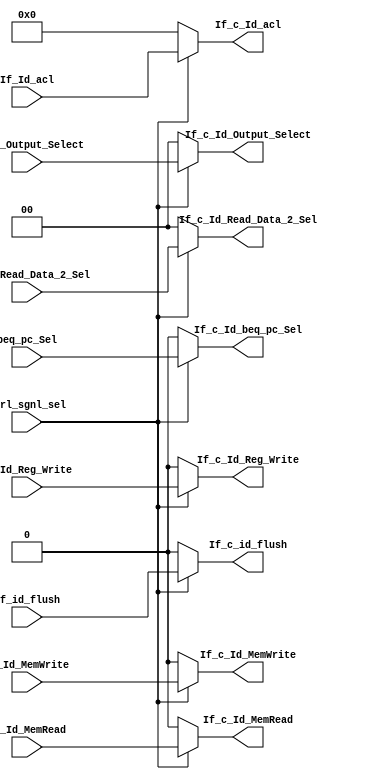
`timescale 1ns / 1ps

module ctrl_sgn_mux(
input ctrl_sgnl_sel,
input If_Id_Reg_Write,
input [3:0] If_Id_acl,
input [1:0] If_Id_Output_Select,
input [1:0] If_Id_Read_Data_2_Sel,
input If_Id_MemWrite,
input If_Id_MemRead,
output reg If_c_Id_Reg_Write,
output reg [3:0] If_c_Id_acl,
output reg [1:0] If_c_Id_Output_Select,
output reg [1:0] If_c_Id_Read_Data_2_Sel,
output reg If_c_Id_MemWrite,
output reg If_c_Id_MemRead,
input beq_pc_Sel,
input If_id_flush,
output reg If_c_Id_beq_pc_Sel,
output reg If_c_id_flush
    );
    
      always @(*)
    begin
    // when no stalling required
    if (ctrl_sgnl_sel== 1'b1)
    begin
     If_c_Id_Reg_Write =If_Id_Reg_Write;
     If_c_Id_acl=If_Id_acl;
     If_c_Id_Output_Select=If_Id_Output_Select;
     If_c_Id_Read_Data_2_Sel=If_Id_Read_Data_2_Sel;
     If_c_Id_MemWrite=If_Id_MemWrite;
     If_c_Id_MemRead=If_Id_MemRead;
     If_c_Id_beq_pc_Sel =beq_pc_Sel;
     If_c_id_flush = If_id_flush;
     end
     // making the control signals zero when stalling is required
    else
    begin
    If_c_Id_Reg_Write =1'b0;
    If_c_Id_acl=4'b0000;
    If_c_Id_Output_Select=2'b00;
    If_c_Id_Read_Data_2_Sel=2'b00;
    If_c_Id_MemWrite=1'b0;
    If_c_Id_MemRead=1'b0;
    If_c_Id_beq_pc_Sel =1'b0;
    If_c_id_flush = 1'b0;
    end
    
    end
endmodule